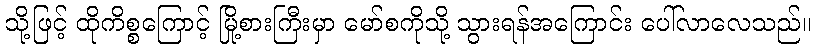
သို့ဖြင့် ထိုကိစ္စကြောင့် မြို့စားကြီးမှာ မော်စကိုသို့ သွားရန်အကြောင်း ပေါ်လာလေသည်။